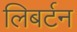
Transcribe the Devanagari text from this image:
लिबर्टन